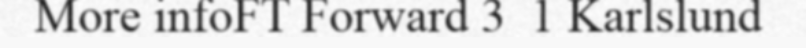
More infoFT Forward 3  1 Karlslund